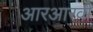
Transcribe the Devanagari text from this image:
आरआरवी